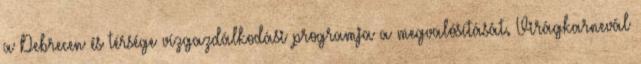
a Debrecen és térsége vízgazdálkodási programja a megvalósítását. Virágkarnevál